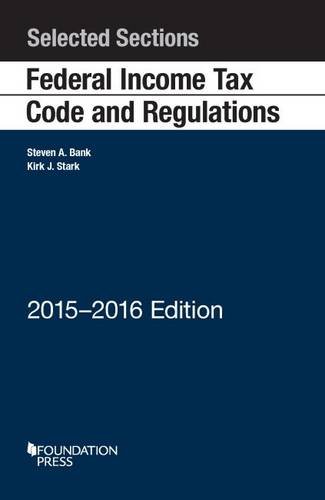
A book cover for Selected Sections Federal Income Tax Code and Regulations (Selected Statutes); Steven Bank; Law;